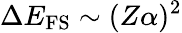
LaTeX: \Delta E_{\mathrm{FS}}\sim(Z\alpha)^{2}